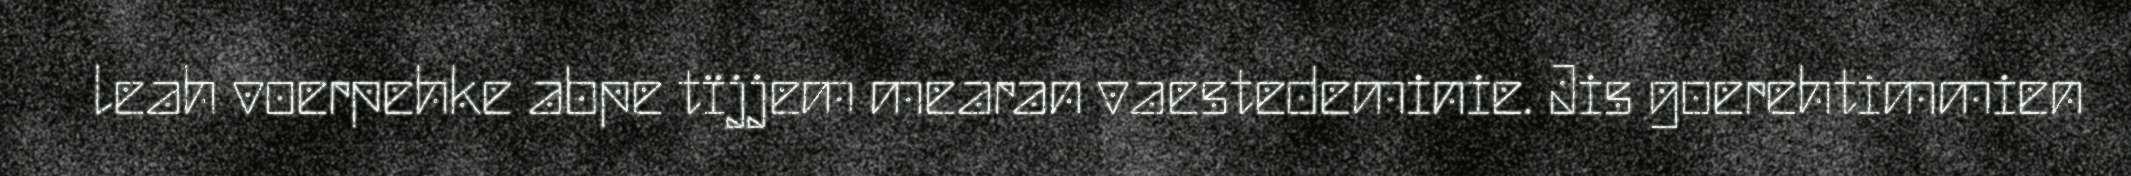
leah voerpehke abpe tïjjem mearan vaestedeminie. Jis goerehtimmien